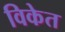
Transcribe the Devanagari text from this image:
विकेत